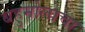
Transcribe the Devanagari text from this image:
बहुमोलाचा